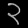
Digit: ၃